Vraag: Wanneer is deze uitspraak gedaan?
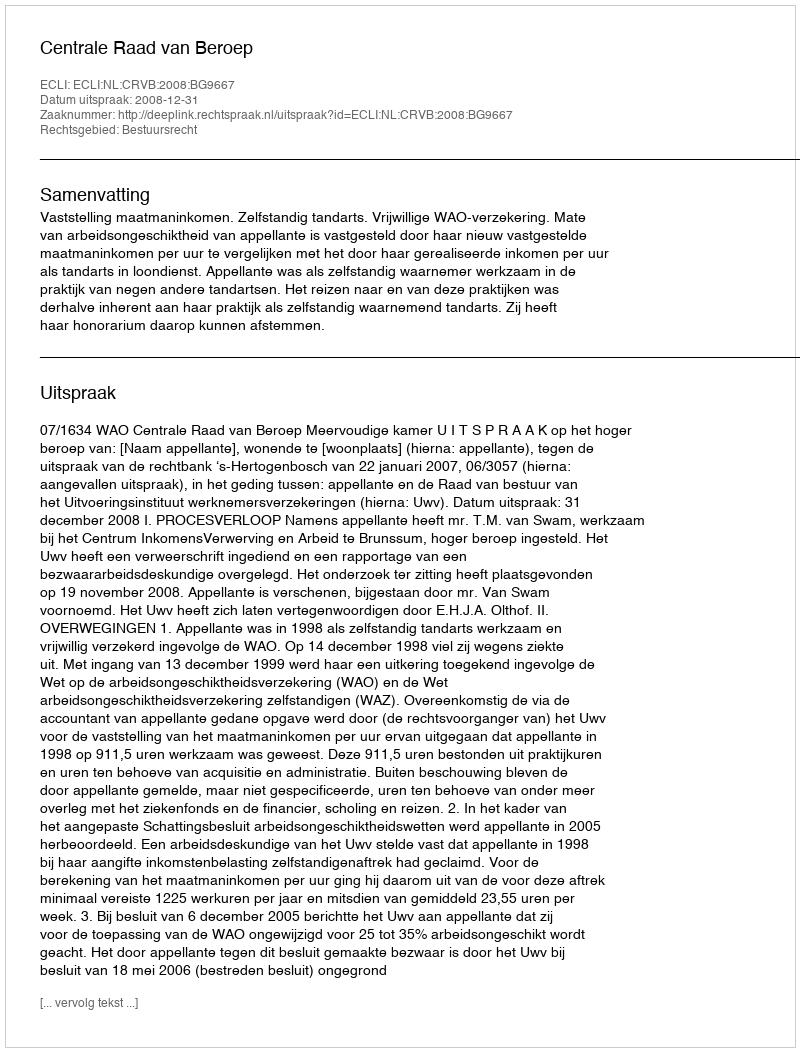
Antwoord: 2008-12-31